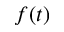
f ( t )